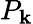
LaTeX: P_{\mathbf{k}}